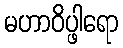
မဟာဝိပ္ဖါရော